Sanitation, dispensaries and jails vaccination Rajputana 1922-1927 - 1922-1927
Year: 1922
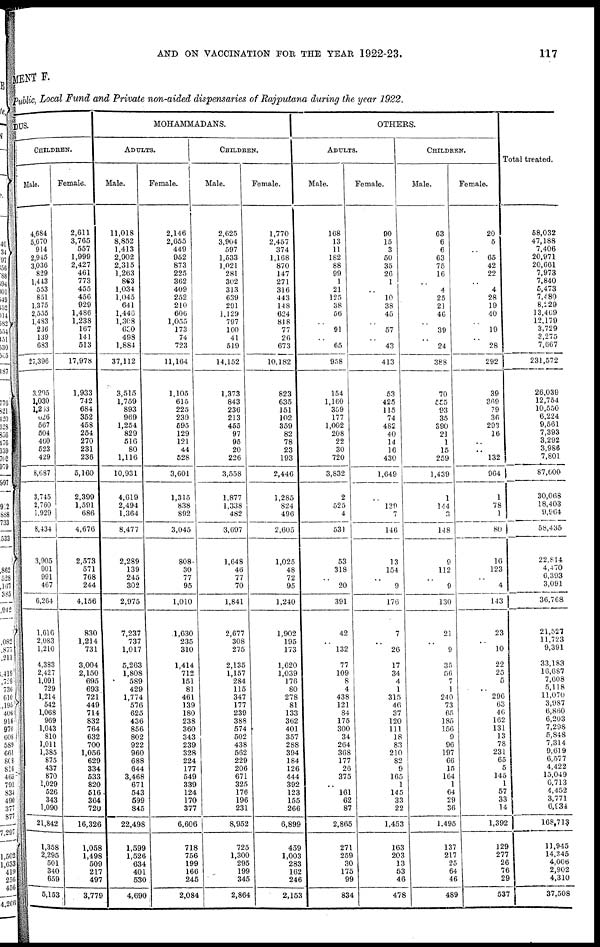
AND ON VACCINATION FOR THE YEAR 1922-23.
117
MENT F.
Public, Local Fund and Private non-aided dispensaries of Rajputana during the year 1922.
DUS.
CHILDREN.
Male.
4,684
5,670
914
2,945
3,036
829
1,443
553
851
1,375
2,555
1,483
236
139
683
27,396
3,295
1,030
1,253
626
567
504
460
523
429
8,687
3,745
2,760
1,929
8,434
3,905
901
991
467
6,264
1,616
2,083
1,210
4,383
2,427
1,091
729
1,214
542
1,068
969
1,043
810
1,011
1,385
875
437
870
1,029
526
343
1,090
21,842
1,358
2,295
501
340
659
5,153
Female.
2,611
3,765
557
1,999
2,427
461
773
455
456
929
1,486
1,238
167
141
513
17,978
1,933
742
684
352
458
254
270
231
236
5,160
2,399
1,591
686
4,676
2,573
571
768
244
4,156
830
1,214
731
3,004
2,150
695
693
721
449
714
832
764
632
700
1,056
629
334
533
820
516
364
720
16,326
1,058
1,498
509
217
497
3,779
MOHAMMADANS.
ADULTS.
Male.
11,018
8,852
1,413
2,902
2,315
1,263
863
1,034
1,045
641
1,446
1,308
630
498
1,884
37,112
3,515
1,759
893
969
1,254
829
516
80
1,116
10,931
4,619
2,494
1,364
8,477
2,289
139
245
302
2,975
7,237
737
1,017
5,263
1,808
589
429
1,774
576
625
436
856
802
922
960
688
644
3,468
671
543
599
845
22,498
1,599
1,526
634
401
530
4,690
Female.
2,146
2,655
449
952
873
225
362
409
252
210
606
1,055
173
74
723
11,164
1,105
615
225
239
595
129
121
44
528
3,601
1,315
838
892
3,045
808
30
77
95
1,010
1,630
235
310
1,414
712
151
81
461
139
180
238
360
343
239
328
224
177
549
339
124
170
377
6,606
718
756
199
166
245
2,084
CHILDREN.
Male.
2,625
3,904
597
1,533
1,021
281
302
313
639
291
1,129
797
160
41
519
14,152
1,373
843
236
213
455
97
95
20
226
3,558
1,877
1,338
482
3,697
1,648
46
77
70
1,841
2,677
308
275
2,135
1,157
284
115
347
177
239
388
574
502
438
562
229
206
671
325
176
196
231
8,952
725
1,300
295
199
345
2,864
Female.
1,770
2,457
374
1,168
870
147
271
316
443
148
624
818
77
26
673
10,182
823
635
151
102
359
82
78
23
193
2,446
1,285
824
496
2,605
1,025
48
72
95
1,240
1,902
195
173
1,620
1,039
176
80
278
81
133
362
401
357
288
394
184
126
444
392
123
155
266
6,899
459
1,003
283
162
246
2,153
OTHERS.
ADULTS.
Male.
168
13
11
182
88
99
1
21
125
38
56
..
91
..
65
958
154
1,160
359
177
1,002
208
22
30
720
3,832
2
525
4
531
53
318
..
20
391
42
..
132
77
109
8
4
438
121
84
175
300
34
264
368
177
26
375
..
161
62
87
2,865
271
259
30
175
99
834
Female.
90
15
3
50
35
26
1
..
10
38
45
..
57
..
43
413
53
425
115
74
482
40
14
16
430
1,649
..
139
7
146
13
154
..
9
176
7
..
26
17
34
4
1
315
46
37
120
111
18
83
210
82
9
165
1
145
33
22
1,453
163
203
13
53
46
478
CHILDREN.
Male.
63
6
6
63
75
16
..
4
25
21
46
..
39
..
24
388
70
555
93
35
390
21
1
15
259
1,439
1
144
3
148
9
112
..
9
130
21
..
9
35
56
7
1
240
73
65
185
156
9
96
197
66
15
164
1
64
29
36
1,495
137
217
25
64
46
489
Female.
20
5
..
65
42
22
..
4
28
19
40
..
19
..
28
292
39
369
79
36
293
16
..
..
132
964
1
78
1
80
16
123
..
4
143
23
..
10
22
25
5
..
296
63
46
162
131
13
78
231
65
5
145
1
57
33
14
1,392
129
277
26
76
29
537
Total treated.
58,032
47,188
7,406
20,971
20,661
7,973
7,840
5,473
7,480
8,229
13,469
12,179
3,729
3,275
7,667
231,572
26,039
12,754
10,550
6,224
9,561
7,393
3,292
3,986
7,801
87,600
30,068
18,403
9,964
58,435
22,814
4,470
6,393
3,091
36,768
21,527
11,723
9,391
33,183
16,687
7,608
5,118
11,070
3,987
6,860
6,203
7,298
5,848
7,314
9,619
6,577
4,422
15,049
6,713
4,452
3,771
6,934
168,713
11,945
14,345
4,006
2,902
4,310
37,508